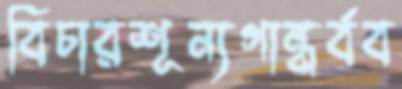
বিচারশূন্যগান্ধর্বব